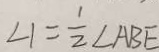
\angle 1 = \frac { 1 } { 2 } \angle A B E